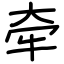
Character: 牵